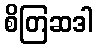
စိတြဆဒါ